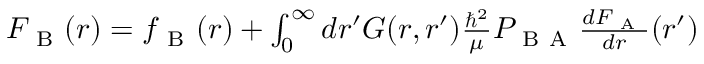
\begin{array} { r } { F _ { \mathrm { ~ B ~ } } ( r ) = f _ { \mathrm { ~ B ~ } } ( r ) + \int _ { 0 } ^ { \infty } d r ^ { \prime } G ( r , r ^ { \prime } ) \frac { \hbar ^ { 2 } } { \mu } P _ { \mathrm { ~ B ~ A ~ } } \frac { d F _ { \mathrm { ~ A ~ } } } { d r } ( r ^ { \prime } ) } \end{array}